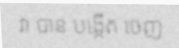
វា បាន បង្កើត ចេញ